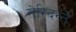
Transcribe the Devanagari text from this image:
सेरिदन्ते